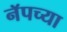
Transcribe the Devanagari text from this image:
नॅपच्या